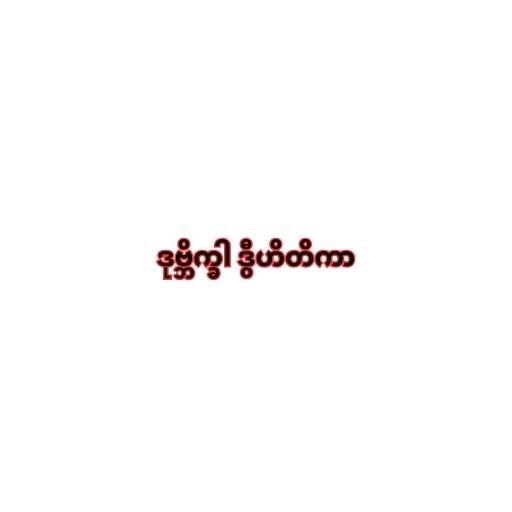
ဒုဗ္ဘိက္ခါ ဒွီဟိတိကာ